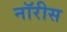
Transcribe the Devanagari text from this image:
नॉरीस